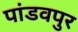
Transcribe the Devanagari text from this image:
पांडवपुर